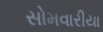
સોમવારીયા